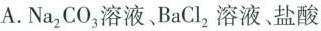
A.N_{2}CO_{3}溶液、BaCl_{2}溶液、盐酸